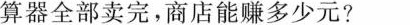
算器全部卖完，商店能赚多少元?